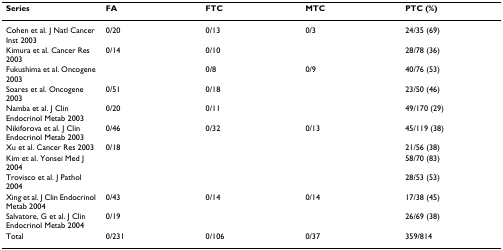
<table><thead><tr><td><b>Series</b></td><td><b>FA</b></td><td><b>FTC</b></td><td><b>MTC</b></td><td><b>PTC (%)</b></td></tr></thead><tbody><tr><td>Cohen et al. J Natl Cancer Inst 2003</td><td>0/20</td><td>0/13</td><td>0/3</td><td>24/35 (69)</td></tr><tr><td>Kimura et al. Cancer Res 2003</td><td>0/14</td><td>0/10</td><td></td><td>28/78 (36)</td></tr><tr><td>Fukushima et al. Oncogene 2003</td><td></td><td>0/8</td><td>0/9</td><td>40/76 (53)</td></tr><tr><td>Soares et al. Oncogene 2003</td><td>0/51</td><td>0/18</td><td></td><td>23/50 (46)</td></tr><tr><td>Namba et al. J Clin Endocrinol Metab 2003</td><td>0/20</td><td>0/11</td><td></td><td>49/170 (29)</td></tr><tr><td>Nikiforova et al. J Clin Endocrinol Metab 2003</td><td>0/46</td><td>0/32</td><td>0/13</td><td>45/119 (38)</td></tr><tr><td>Xu et al. Cancer Res 2003</td><td>0/18</td><td></td><td></td><td>21/56 (38)</td></tr><tr><td>Kim et al. Yonsei Med J 2004</td><td></td><td></td><td></td><td>58/70 (83)</td></tr><tr><td>Trovisco et al. J Pathol 2004</td><td></td><td></td><td></td><td>28/53 (53)</td></tr><tr><td>Xing et al. J Clin Endocrinol Metab 2004</td><td>0/43</td><td>0/14</td><td>0/14</td><td>17/38 (45)</td></tr><tr><td>Salvatore, G et al. J Clin Endocrinol Metab 2004</td><td>0/19</td><td></td><td></td><td>26/69 (38)</td></tr><tr><td>Total</td><td>0/231</td><td>0/106</td><td>0/37</td><td>359/814</td></tr></tbody></table>